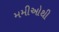
મમીઓથી